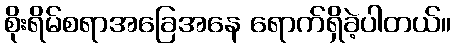
စိုးရိမ်စရာအခြေအနေ ရောက်ရှိခဲ့ပါတယ်။